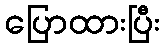
ပြောထားပြီး